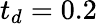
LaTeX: t_{d}=0.2